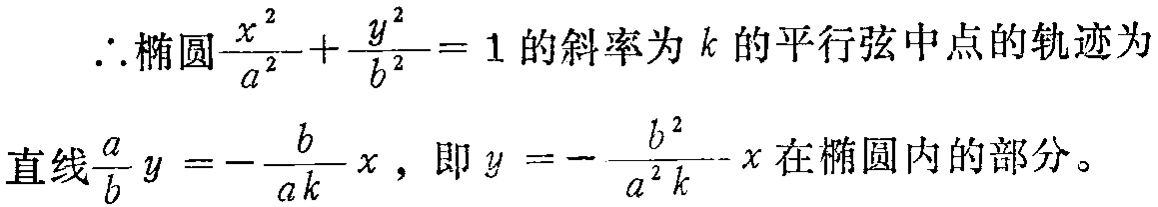
\(\therefore\)椭圆\(\frac{x^{2}}{a^{2}}+\frac{y^{2}}{b^{2}} = 1\)的斜率为\(k\)的平行弦中点的轨迹为
直线\(\frac{a}{b}y = -\frac{b}{ak}x\)，即\(y = -\frac{b^{2}}{a^{2}k}x\)在椭圆内的部分。